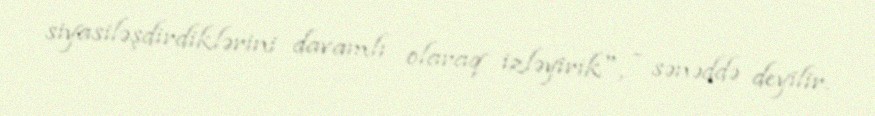
siyasiləşdirdiklərini davamlı olaraq izləyirik", - sənəddə deyilir.